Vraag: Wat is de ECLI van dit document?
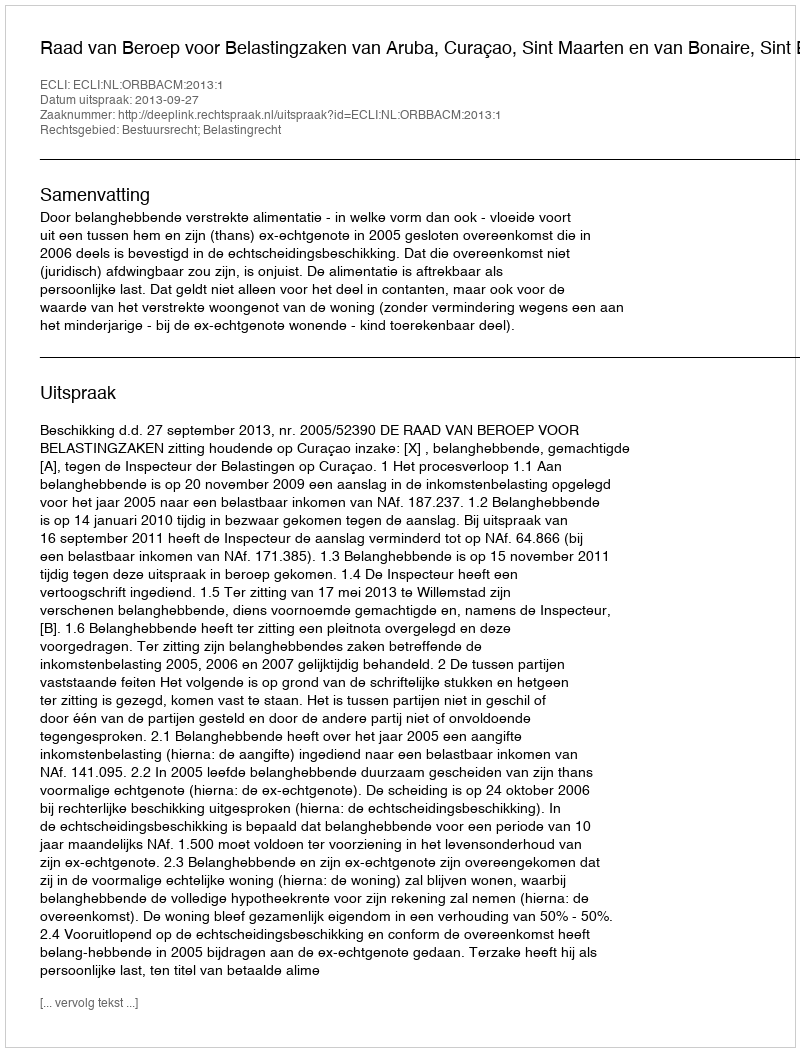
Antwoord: ECLI:NL:ORBBACM:2013:1